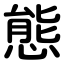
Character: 態